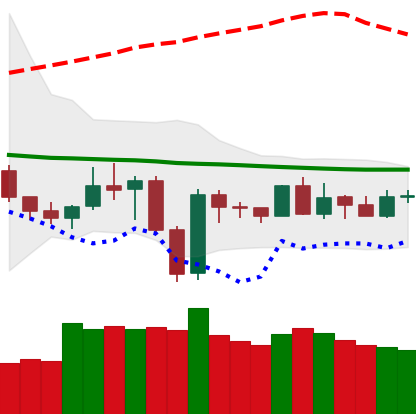
Ticker: NEO-USD
Chart end date: 2019-12-28
Forward return: -3.412%
Label: down_3_5